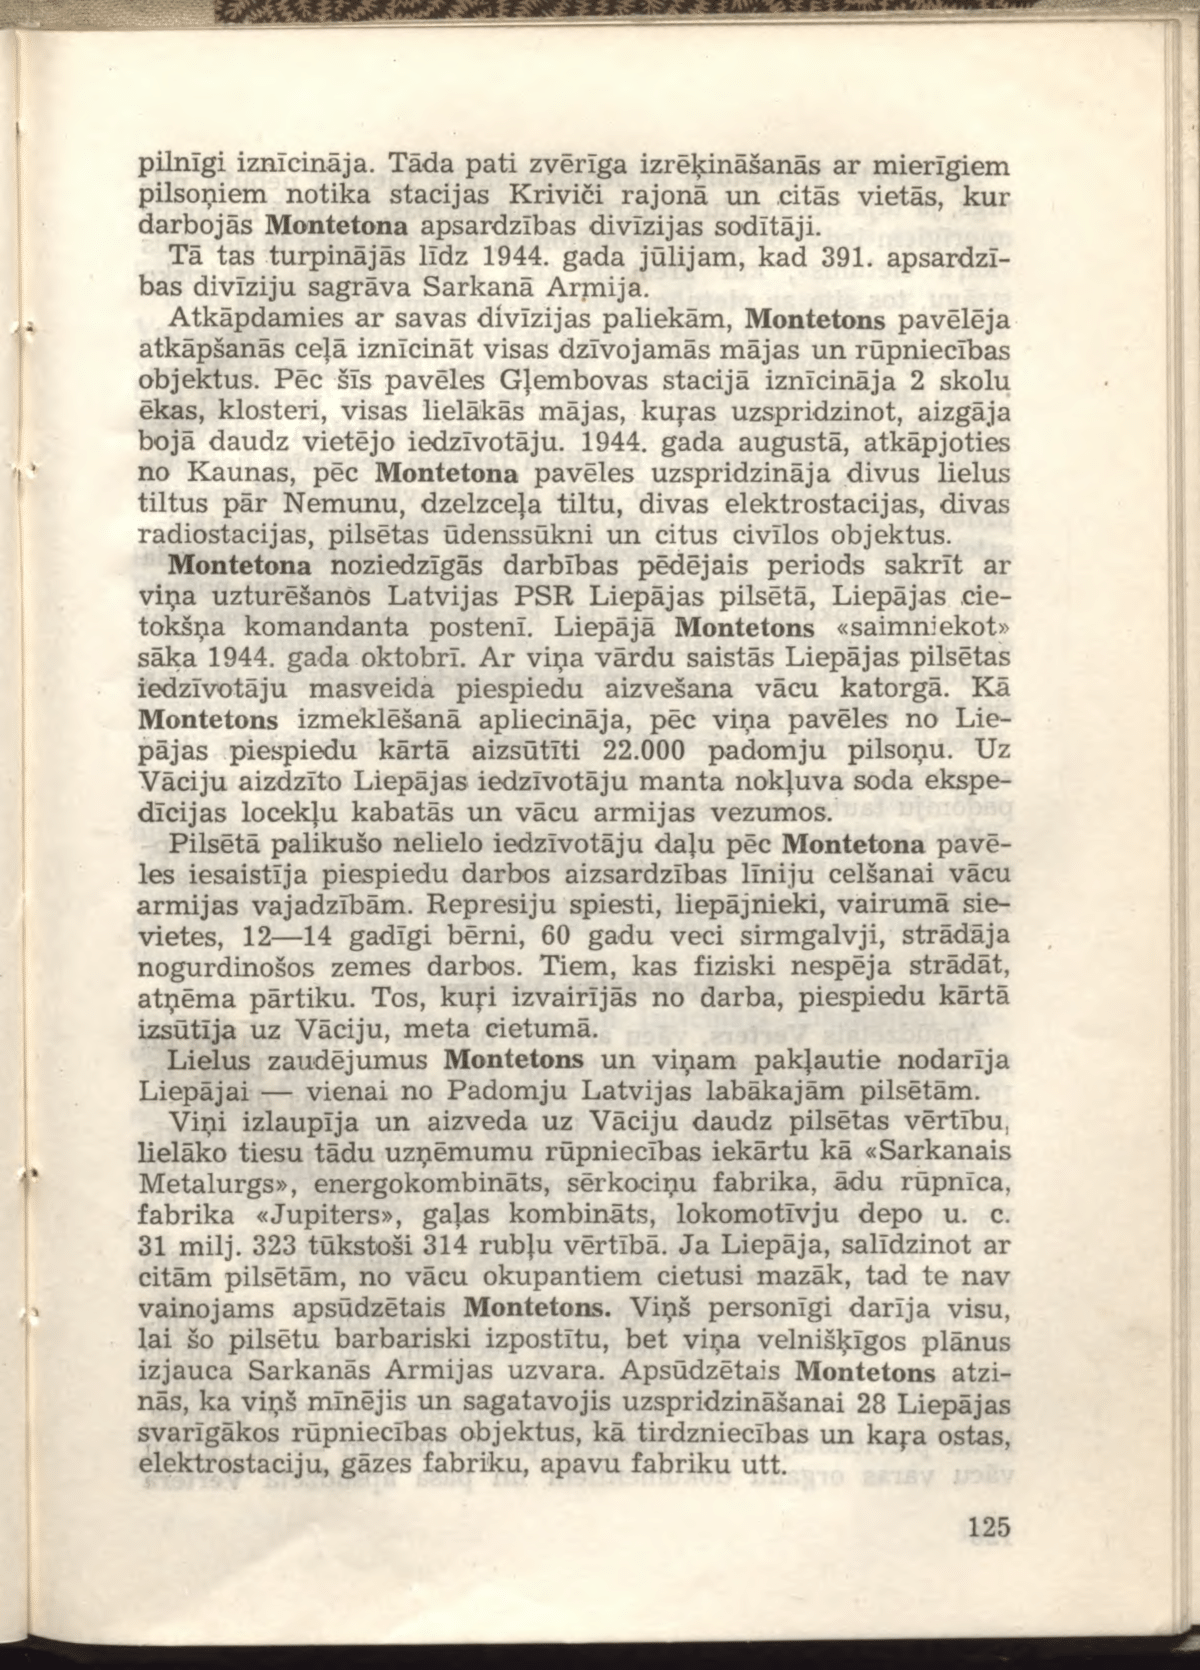
Language: lv